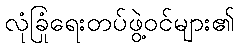
လုံခြုံရေးတပ်ဖွဲ့ဝင်များ၏